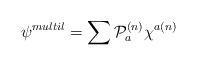
LaTeX: \begin{align*}\psi^{multil}=\sum {\cal{P}}_a^{(n)}\chi^{a(n)}\end{align*}